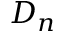
D _ { n }